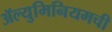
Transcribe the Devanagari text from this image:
ॲल्युमिनियमची